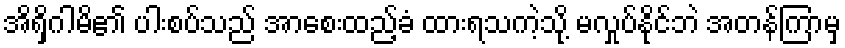
အိရှိဂါမိ၏ ပါးစပ်သည် အာစေးထည့်ခံ ထားရသကဲ့သို့ မလှုပ်နိုင်ဘဲ အတန်ကြာမှ